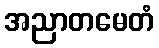
အညာတမေတံ